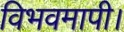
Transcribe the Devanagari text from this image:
विभवमापी।